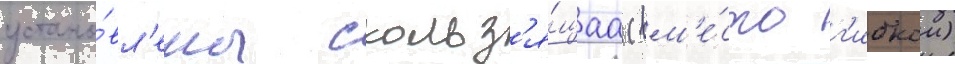
устано́вл'ены скольз'я́щаа (вм'е́сто г'ибкои)